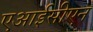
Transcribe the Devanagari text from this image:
एआईसीएन